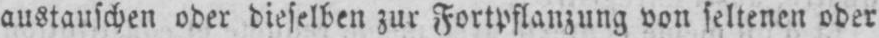
austauschen oder dieselben zur Fortpflanzung von seltenen oder